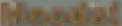
Handel